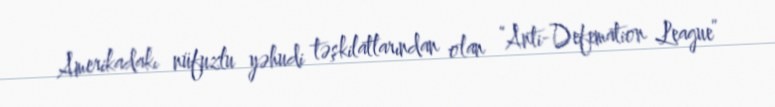
Amerikadakı nüfuzlu yəhudi təşkilatlarından olan “Anti-Defemation League”